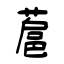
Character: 蔰